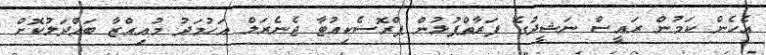
އެހެން ކަމުން ރައީސް ނަޝީދުގެ ފަރާތްޕުޅުން ޕްރޮސެކިއުޓާ ޖެނެރަލް އަހުމަދު މުއިއްޒާ ބައްދަލުކޮށް